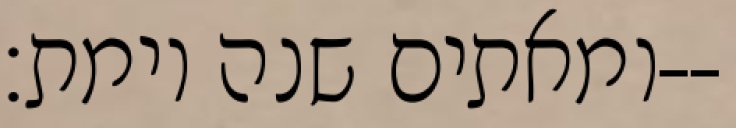
ומאתים שנה וימת׃--